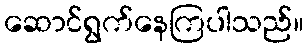
ဆောင်ရွက်နေကြပါသည်။